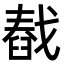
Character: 㦼